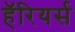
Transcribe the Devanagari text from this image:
हॅरियर्स